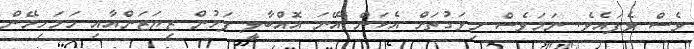
ވެސް ވެފައެވެ. ނަމަވެސް މިވަގުތަށް އެކަން އޭނަ އޮއްބާލީ ފަހުން ޒިޔަޒަންއާއި ހަމަހިމޭން